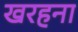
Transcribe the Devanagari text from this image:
खरहना